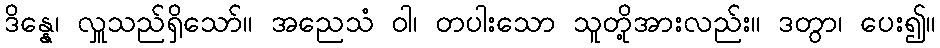
ဒိန္နေ၊ လှူသည်ရှိသော်။ အညေသံ ဝါ၊ တပါးသော သူတို့အားလည်း။ ဒတွာ၊ ပေး၍။